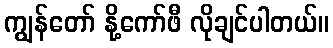
ကျွန်တော် နို့ကော်ဖီ လိုချင်ပါတယ်။